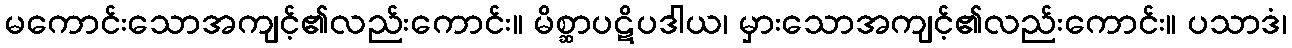
မကောင်းသောအကျင့်၏လည်းကောင်း။ မိစ္ဆာပဋိပဒါယ၊ မှားသောအကျင့်၏လည်းကောင်း။ ပသာဒံ၊